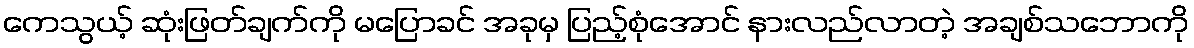
ကေသွယ့် ဆုံးဖြတ်ချက်ကို မပြောခင် အခုမှ ပြည့်စုံအောင် နားလည်လာတဲ့ အချစ်သဘောကို